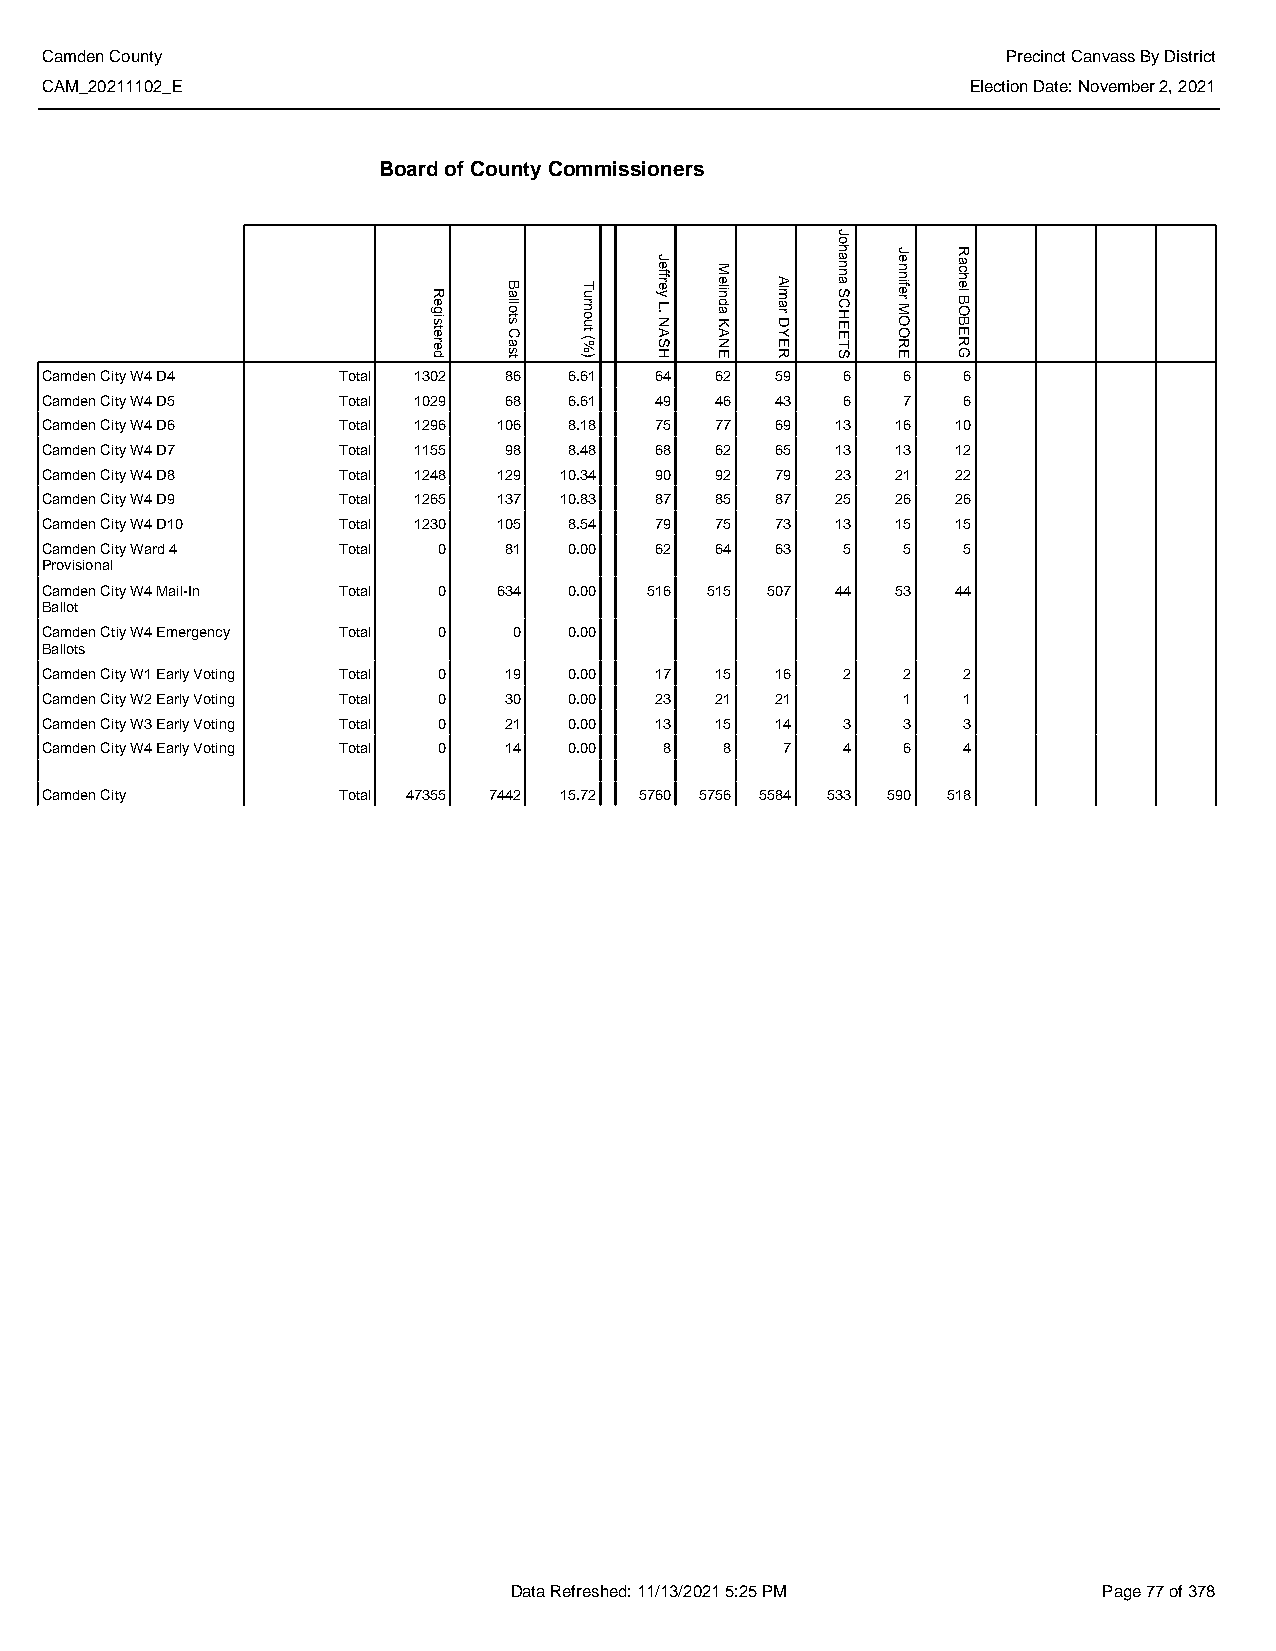
Camden County                                                   Precinct Canvass By District
 CAM_20211102_E                                               Election Date: November 2, 2021
 Board of County Commissioners
 Camden City W4 D4  Total 1302 86   6.61 64  62  59   6   6   6
 Camden City W4 D5  Total 1029 68   6.61 49  46  43   6   7   6
 Camden City W4 D6  Total 1296 106  8.18 75  77  69  13  16  10
 Camden City W4 D7  Total 1155 98   8.48 68  62  65  13  13  12
 Camden City W4 D8  Total 1248 129 10.34 90  92  79  23  21  22
 Camden City W4 D9  Total 1265 137 10.83 87  85  87  25  26  26
 Camden City W4 D10 Total 1230 105  8.54 79  75  73  13  15  15
 Camden City Ward 4 Total  0   81   0.00 62  64  63   5   5   5
 Provisional
 Camden City W4 Mail-In Total 0 634 0.00 516 515 507 44  53  44
 Ballot
 Camden Ctiy W4 Emergency Total 0 0 0.00
 Ballots
 Camden City W1 Early Voting Total 0 19 0.00 17 15 16 2   2   2
 Camden City W2 Early Voting Total 0 30 0.00 23 21 21     1   1
 Camden City W3 Early Voting Total 0 21 0.00 13 15 14 3   3   3
 Camden City W4 Early Voting Total 0 14 0.00 8 8  7   4   6   4
 Camden City        Total 47355 7442 15.72 5760 5756 5584 533 590 518
 Data Refreshed: 11/13/2021 5:25 PM     Page 77 of 378
 Registered
 Ballots
 Cast
 Turnout
 (%)
 Jeffrey
 L.
 NASH
 Melinda
 KANE
 Almar
 DYER
 Johanna
 SCHEETS
 Jennifer
 MOORE
 Rachel
 BOBERG